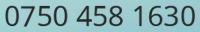
0750 458 1630